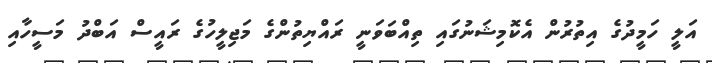
އަލީ ހަމީދުގެ އިތުރުން އެކޮމިޝަނުގައި ތިއްބަވަނީ ރައްޔިތުންގެ މަޖިލީހުގެ ރައީސް އަބްދު މަސީހާއި